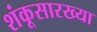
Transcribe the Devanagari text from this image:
शंकूसारख्या